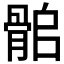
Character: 𩨽